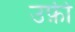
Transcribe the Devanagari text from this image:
उफ़ी